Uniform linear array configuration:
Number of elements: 48
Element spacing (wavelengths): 0.25
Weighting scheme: binomial
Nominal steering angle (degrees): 30
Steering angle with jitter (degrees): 29.007
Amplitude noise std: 0.05
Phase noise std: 0.05

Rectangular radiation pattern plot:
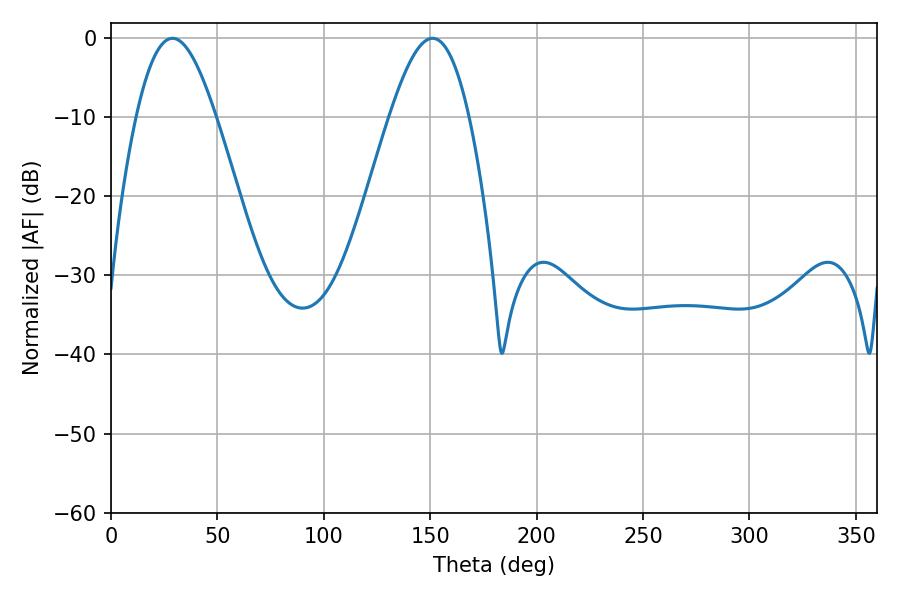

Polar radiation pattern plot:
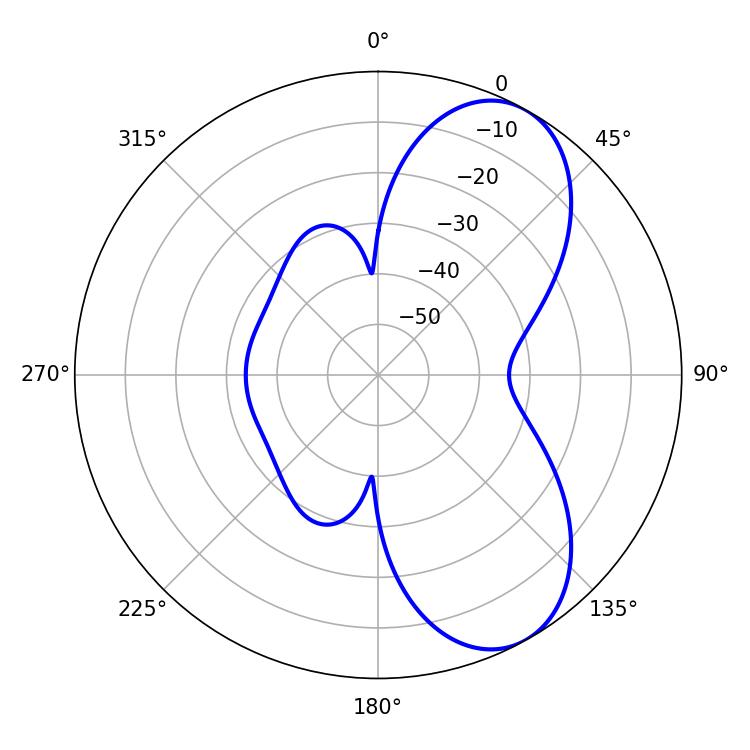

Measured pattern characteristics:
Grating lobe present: FALSE
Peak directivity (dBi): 7.234
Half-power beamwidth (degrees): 20.16
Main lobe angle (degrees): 28.98